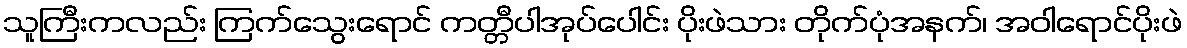
သူကြီးကလည်း ကြက်သွေးရောင် ကတ္တီပါအုပ်ပေါင်း ပိုးဖဲသား တိုက်ပုံအနက်၊ အဝါရောင်ပိုးဖဲ